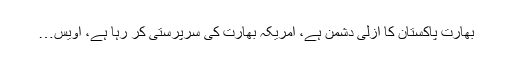
بھارت پاکستان کا ازلی دشمن ہے، امریکہ بھارت کی سرپرستی کر رہا ہے، اویس…